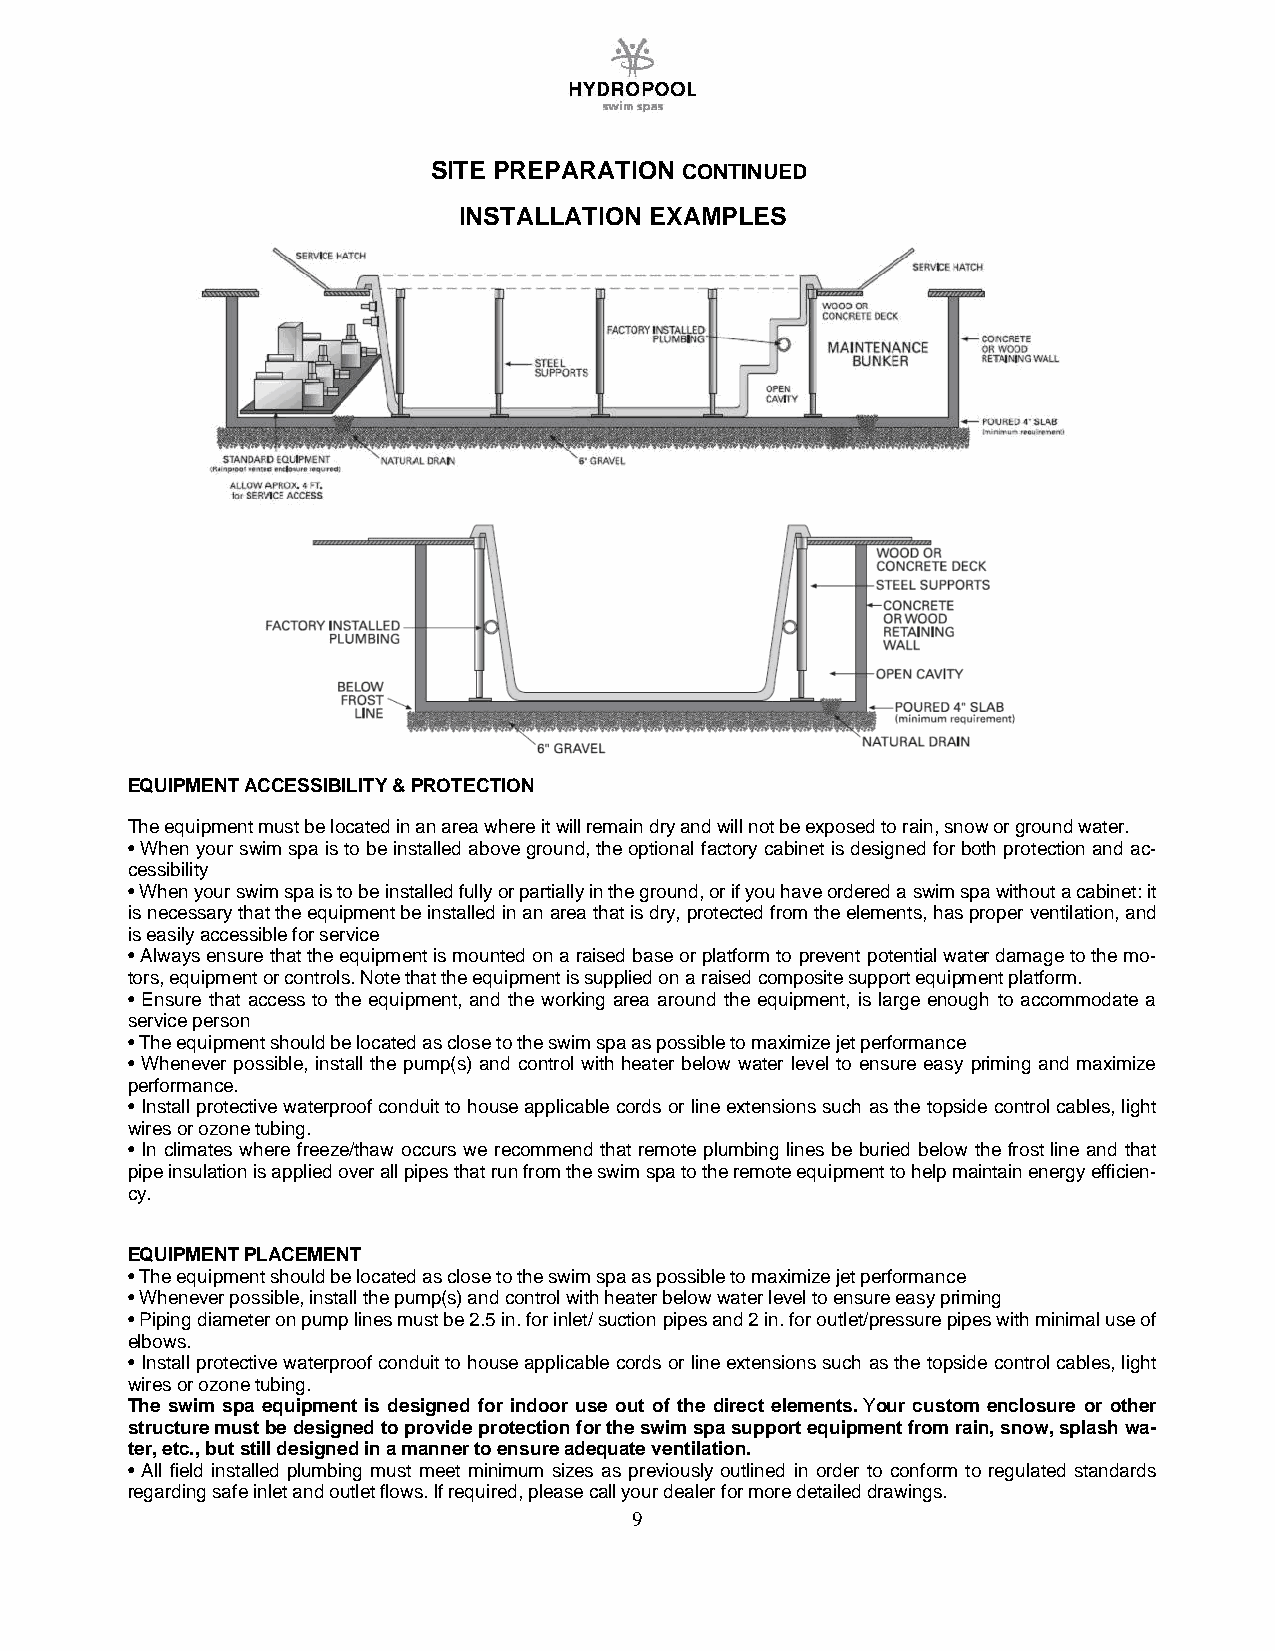
SITE PREPARATION CONTINUED
 INSTALLATION EXAMPLES
 EQUIPMENT ACCESSIBILITY & PROTECTION
 The equipment must be located in an area where it will remain dry and will not be exposed to rain, snow or ground water.
 • When your swim spa is to be installed above ground, the optional factory cabinet is designed for both protection and ac-
 cessibility
 • When your swim spa is to be installed fully or partially in the ground, or if you have ordered a swim spa without a cabinet: it
 is necessary that the equipment be installed in an area that is dry, protected from the elements, has proper ventilation, and
 is easily accessible for service
 • Always ensure that the equipment is mounted on a raised base or platform to prevent potential water damage to the mo-
 tors, equipment or controls. Note that the equipment is supplied on a raised composite support equipment platform.
 • Ensure that access to the equipment, and the working area around the equipment, is large enough to accommodate a
 service person
 • The equipment should be located as close to the swim spa as possible to maximize jet performance
 • Whenever possible, install the pump(s) and control with heater below water level to ensure easy priming and maximize
 performance.
 • Install protective waterproof conduit to house applicable cords or line extensions such as the topside control cables, light
 wires or ozone tubing.
 • In climates where freeze/thaw occurs we recommend that remote plumbing lines be buried below the frost line and that
 pipe insulation is applied over all pipes that run from the swim spa to the remote equipment to help maintain energy efficien-
 cy.
 EQUIPMENT PLACEMENT
 • The equipment should be located as close to the swim spa as possible to maximize jet performance
 • Whenever possible, install the pump(s) and control with heater below water level to ensure easy priming
 • Piping diameter on pump lines must be 2.5 in. for inlet/ suction pipes and 2 in. for outlet/pressure pipes with minimal use of
 elbows.
 • Install protective waterproof conduit to house applicable cords or line extensions such as the topside control cables, light
 wires or ozone tubing.
 The swim spa equipment is designed for indoor use out of the direct elements. Your custom enclosure or other
 structure must be designed to provide protection for the swim spa support equipment from rain, snow, splash wa-
 ter, etc., but still designed in a manner to ensure adequate ventilation.
 • All field installed plumbing must meet minimum sizes as previously outlined in order to conform to regulated standards
 regarding safe inlet and outlet flows. If required, please call your dealer for more detailed drawings.
 9